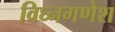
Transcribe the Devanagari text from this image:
विघ्नगणेश